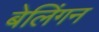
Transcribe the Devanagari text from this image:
बेलिंगन